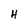
Character: H